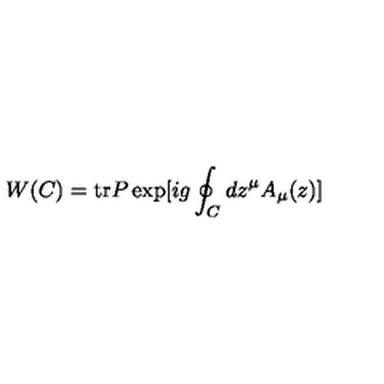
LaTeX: W ( C ) = \mathrm { t r } P \exp [ i g \oint _ { C } d z ^ { \mu } A _ { \mu } ( z ) ]